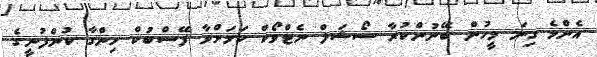
އެންމެ ގިނަ މީހުން ބޭނުންކުރާ ސޯޝަލް ނެޓްވޯކް ކަމަށްވާ ފޭސްބުކް ހިންގާ ކުންފުނީގެ